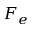
F _ { e }